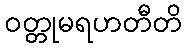
ဝတ္တုမရဟတီတိ